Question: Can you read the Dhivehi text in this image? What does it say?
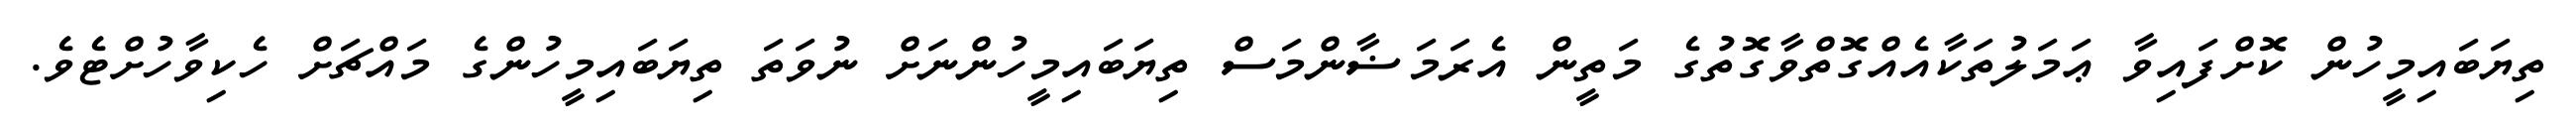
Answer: ތިޔަބައިމީހުން ކޮށްފައިވާ ޢަމަލުތަކާއެއްގޮތްވާގޮތުގެ މަތީން އެރަމަޟާންމަސް ތިޔަބައިމީހުންނަށް ނުވަތަ ތިޔަބައިމީހުންގެ މައްޗަށް ހެކިވާހުށްޓެވެ.